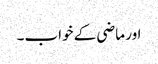
اور ماضی کے خواب۔